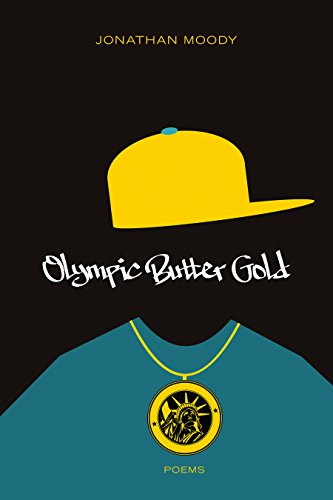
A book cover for Olympic Butter Gold: Poems; Jonathan Moody; Literature & Fiction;